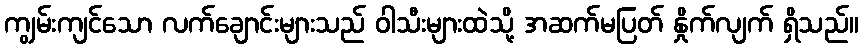
ကျွမ်းကျင်သော လက်ချောင်းများသည် ဝါသီးများထဲသို့ အဆက်မပြတ် နှိုက်လျက် ရှိသည်။